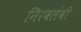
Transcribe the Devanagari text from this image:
निरवलंबी